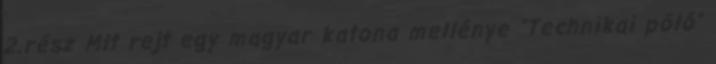
2.rész Mit rejt egy magyar katona mellénye "Technikai póló"